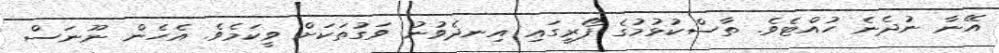
އޭނާ ނުދެނެ ހުއްޓެވެ. ތާސްކުޅުމުގެ ފޯރީގައި އިނދެވުނު ވަގުތަކަށް ވީކަމެވެ. އެހެން ނޫނަސް